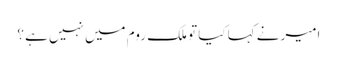
امیر نے کہا کیا تو ملک روم میں نہیں ہے ؟